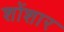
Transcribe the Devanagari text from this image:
शोंशार